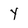
Character: y